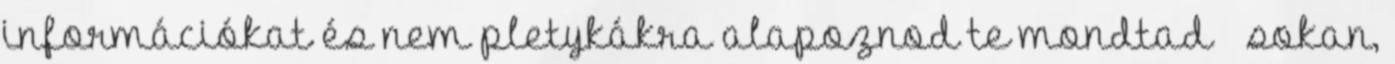
információkat és nem pletykákra alapoznod te mondtad – sokan,